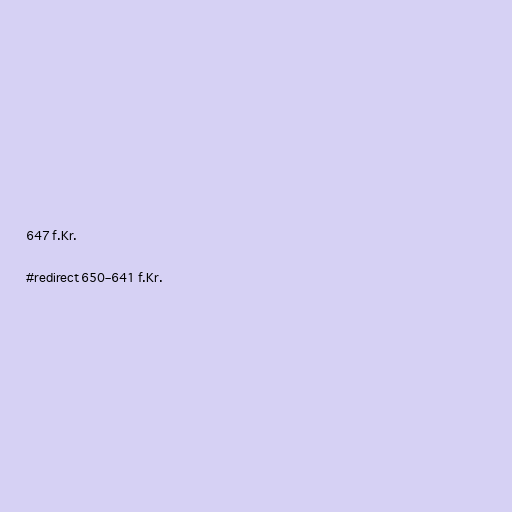
647 f.Kr.

#redirect 650–641 f.Kr.